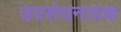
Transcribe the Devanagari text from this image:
उपसंघनायक